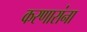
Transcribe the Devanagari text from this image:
करणारांना